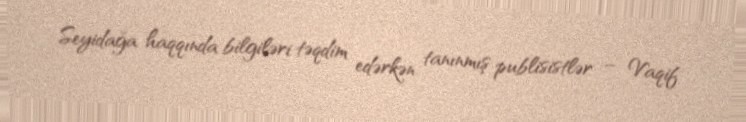
Seyidağa haqqında bilgiləri təqdim edərkən tanınmış publisistlər – Vaqif